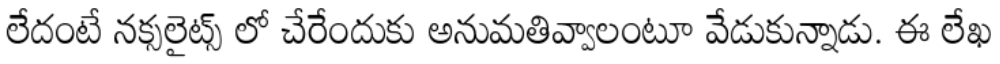
లేదంటే నక్సలైట్స్ లో చేరేందుకు అనుమతివ్వాలంటూ వేడుకున్నాడు. ఈ లేఖ